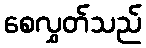
စေလွှတ်သည်